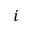
_ i